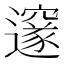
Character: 邃